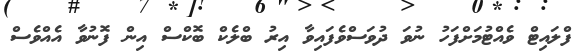
ފްލައިޓް ވެއްޓުމަށްފަހު ނުވަ ދުވަސްވެފައިވާ އިރު ބްލެކް ބޮކްސް އިން ފޮނުވާ އެއްވެސް